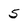
Character: 5